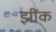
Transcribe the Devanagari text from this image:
झींक